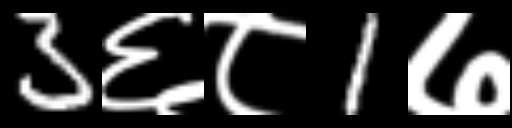
Text: 3६८1७